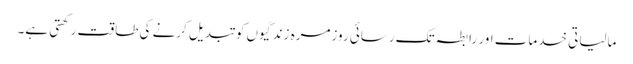
مالیاتی خدمات اور رابطہ تک رسائی روزمرہ زندگیوں کو تبدیل کرنے کی طاقت رکھتی ہے۔